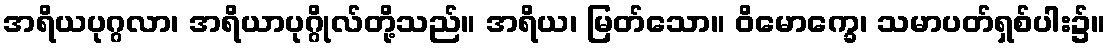
အရိယပုဂ္ဂလာ၊ အရိယာပုဂ္ဂိုလ်တို့သည်။ အရိယ၊ မြတ်သော။ ဝိမောက္ခေ၊ သမာပတ်ရှစ်ပါး၌။